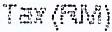
TAX(RM)